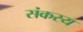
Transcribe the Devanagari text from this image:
संकस्य